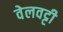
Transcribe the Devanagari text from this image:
वेलवट्टी